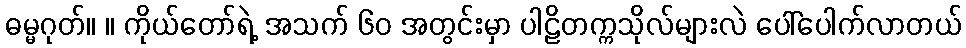
ဓမ္မဂုတ်။ ။ ကိုယ်တော်ရဲ့ အသက် ၆၀ အတွင်းမှာ ပါဠိတက္ကသိုလ်များလဲ ပေါ်ပေါက်လာတယ်